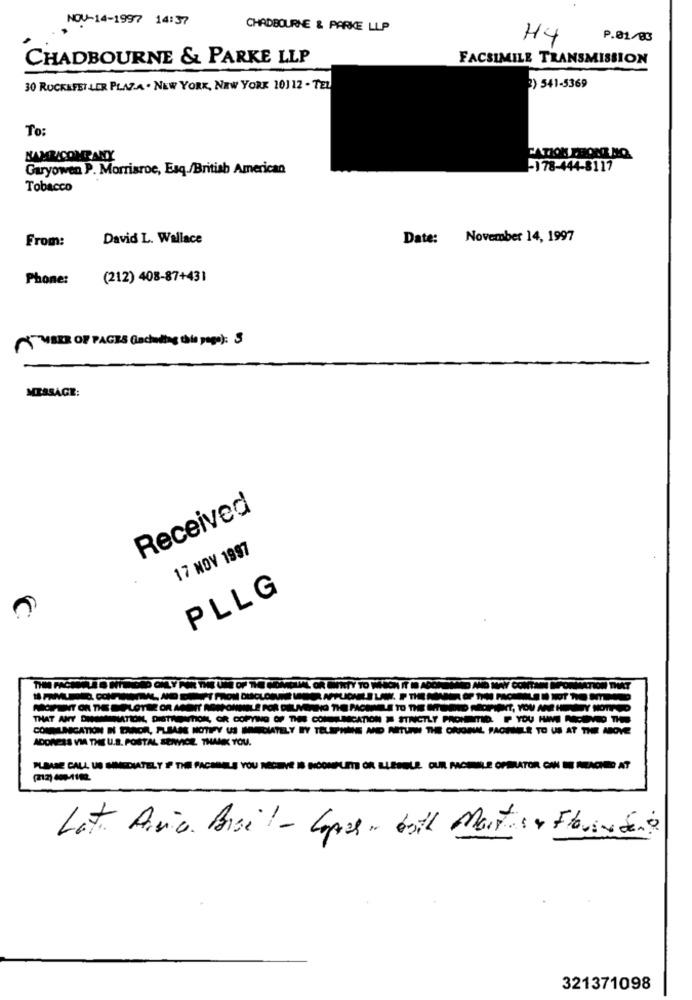
NOV-14-1997 14:37
CHADBOURNE & PARKE LLP
H4
P.01/03
CHADBOURNE & PARKE LLP
FACSIMILE TRANSMISSION
30 ROCKEFELLER PLAZA . NEW YORK, NEW YORK 10112 - TEL
) 541-5369
To
NAME COMPANY
CATION PHONE NO.
Garyowen P. Morrisroe, Esq./British American
-178-444-8117
Tobacco
From:
David L. Wallace
Date: November 14, 1997
Phone:
(212) 408-87+431
™VIBER OF PAGES (achoding tala peso): $
MESSAGE:
Received
17 NOV 1997
PLLG
DOLYART
MOIFENT OR THE PLOTBE OR AGENT
THAT ANY DISSENATION, DISTRAINTTION,
R COPYING OF THEE COM
UNICATION # STRICTLY PROHIBITID. P YOU HAVE
COMMUNICATION IN ERROR, PLEASE NOTIFY US
DIATELY BY TELEPHONE AND RETURN THE ORIGINAL PAOKNELE TO US AT THE MOVE
ADDRESS VIA THIE U.S. POSTAL SERVICE. THANK YOU.
PLEASE CALL US SINEDIATELY F THE FACEDELE YOU RECEIVE IS IOONPLATE OR LUSSOLE OUR MACIEISLE OPERATOR CAN BE REACHED AT
Lat. Arvio Brsil - Lopes . both Morts + Floristen &
321371098